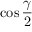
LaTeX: \cos { \frac { \gamma } { 2 } }